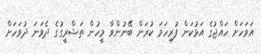
އަވަހަށް ހައްޖުގެ އަޅުކަން ފުރިހަމަ ކުރަން ބޭނުންވާ މީހުން ތަޝްރީގުގެ ދެވަނަ ދުވަހަށް